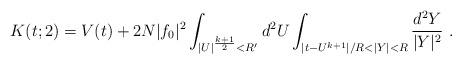
LaTeX: \begin{align*}K(t;2) = V(t) + 2N|f_0|^2\int_{|U|^{k+1\over2}<R'}d^2U \int_{|t-U^{k+1}|/R<|Y|<R}{d^2Y\over|Y|^2}~.\end{align*}